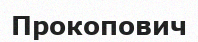
Прокопович